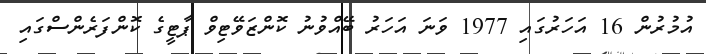
އުމުރުން 16 އަހަރުގައި 1977 ވަނަ އަހަރު ބޭއްވުނު ކޮންޒަވޭޓިވް ޕާޓީގެ ކޮންފަރެންސްގައި